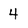
Character: 4